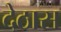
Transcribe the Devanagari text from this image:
देठास